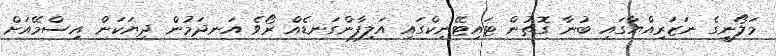
މަލޯނީގެ ނަޒަރިއްޔާގައި ބުނާ ގޮތުން ޓައިޓޭނިކްގައި އަލިފާންގަނޑެއް ރޯވެ އަނދަމުން ދިޔަކަން އިސްމޭއަށް